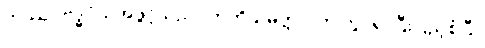
ကဿပဗုဒ္ဓဝံသအဖွင့်သည်။ ဣတိသမတ္တာ၊ ဤတွင်၍ ပြီးပြည့်စုံပြီ။